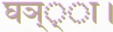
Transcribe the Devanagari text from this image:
घञ््‌ा।